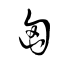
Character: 匈